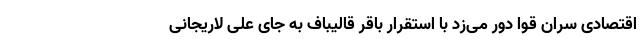
اقتصادی سران قوا دور می‌زد با استقرار باقر قالیباف به جای علی لاریجانی